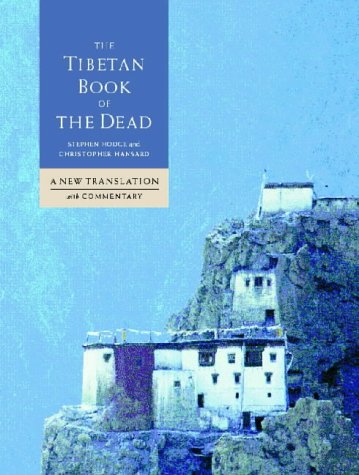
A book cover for The Tibetan Book of the Dead; Stephen Hodge; Religion & Spirituality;